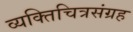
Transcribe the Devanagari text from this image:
व्यक्तिचित्रसंग्रह